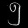
Digit: ၅